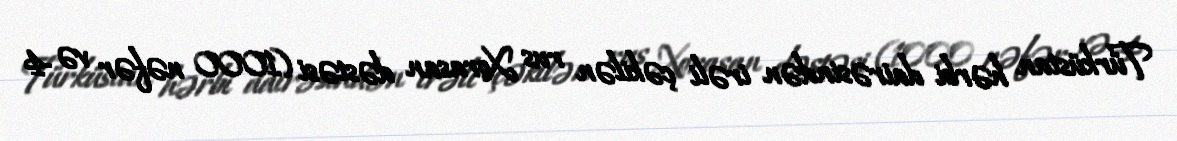
Türküstan hərbi dairəsindən irəli çəkilən rus Xorasan dəstəsi (1000 nəfər və 4